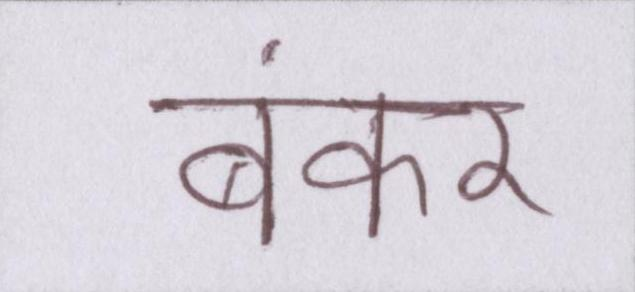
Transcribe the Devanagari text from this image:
बंकर